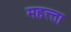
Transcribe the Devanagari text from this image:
महत्त्ता